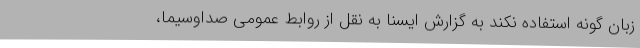
زبان گونه استفاده نکند به گزارش ایسنا به نقل از روابط عمومی صداوسیما،